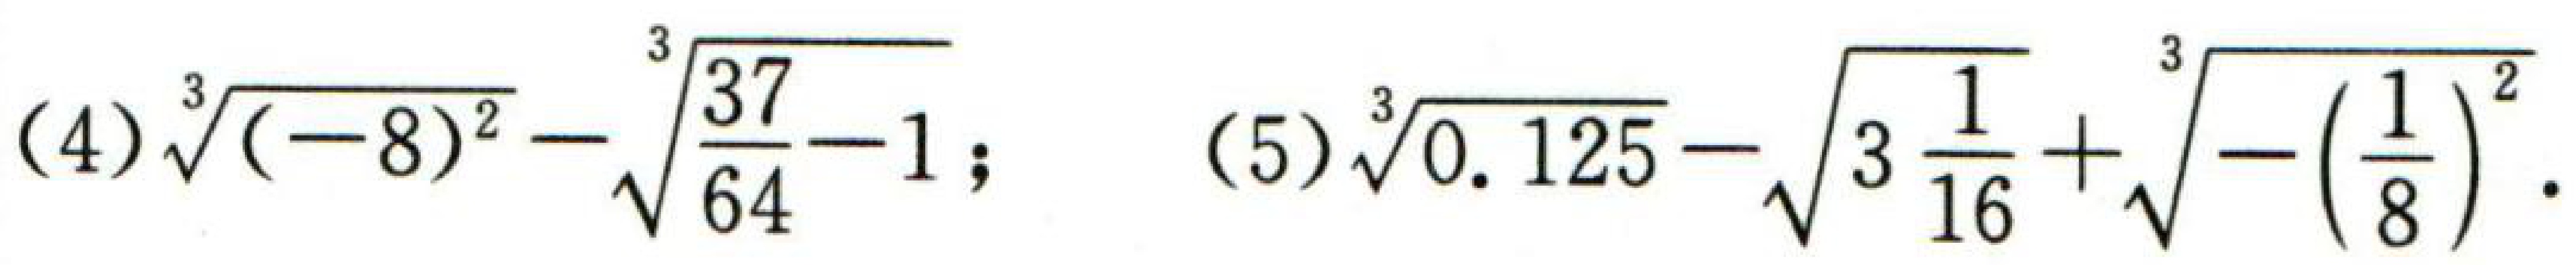
(4) \(\sqrt[3]{(-8)^{2}}-\sqrt[3]{\frac{37}{64}-1}\)；(5) \(\sqrt[3]{0.125}-\sqrt{3\frac{1}{16}}+\sqrt[3]{-\left(\frac{1}{8}\right)^{2}}\)